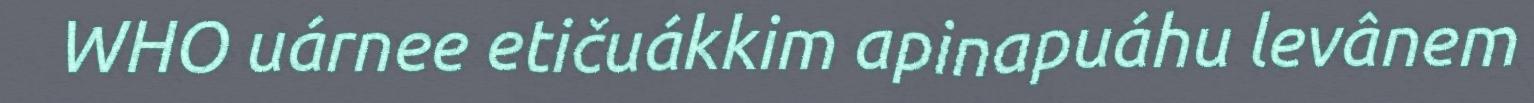
WHO uárnee etičuákkim apinapuáhu levânem